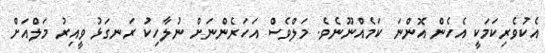
އެކުވެރިކަމަކީ އެހެން އޮންނަ ކަމެއްނޫނެވެ. މަލްވެސް އަހަރެންނަށް ނުލާހިކު ރަނގަޅު ވީއިރު މަލްއަށް